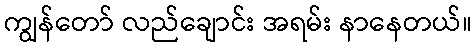
ကျွန်တော် လည်ချောင်း အရမ်း နာနေတယ်။